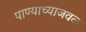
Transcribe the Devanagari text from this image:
पाण्याच्याजवळ